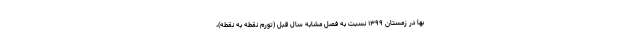
بها در زمستان ١٣٩٩ نسبت به فصل مشابه سال قبل (تورم نقطه به نقطه)،